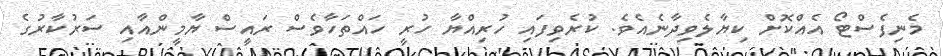
މެނިފެސްޓޯ އެއްކޮށް ކިޔާލެވިދާނެއެވެ. ކުރެވިފައި ހުރިއްޔާ ހުރީ ހައްތަހާވެސް ރައީސް ޔާމީންއާއި ސަރުކާރުގެ